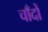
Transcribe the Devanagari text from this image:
चाँदों